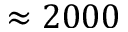
\approx 2 0 0 0